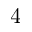
4